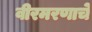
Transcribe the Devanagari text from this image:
वीरमरणाचे